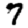
Digit: 7